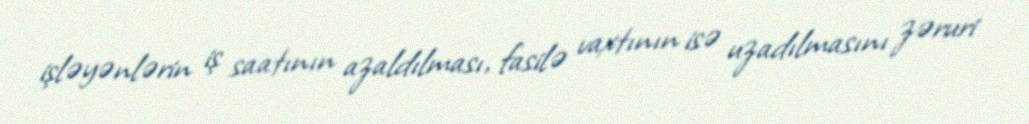
işləyənlərin iş saatının azaldılması, fasilə vaxtının isə uzadılmasını zəruri